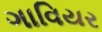
ગાવિયર